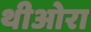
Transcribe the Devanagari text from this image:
थीओरा